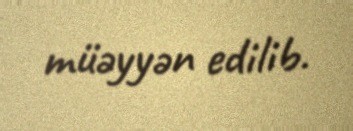
müəyyən edilib.